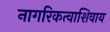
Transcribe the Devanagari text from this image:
नागरिकत्वाशिवाय